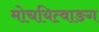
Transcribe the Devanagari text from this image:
मोचयित्वाङग